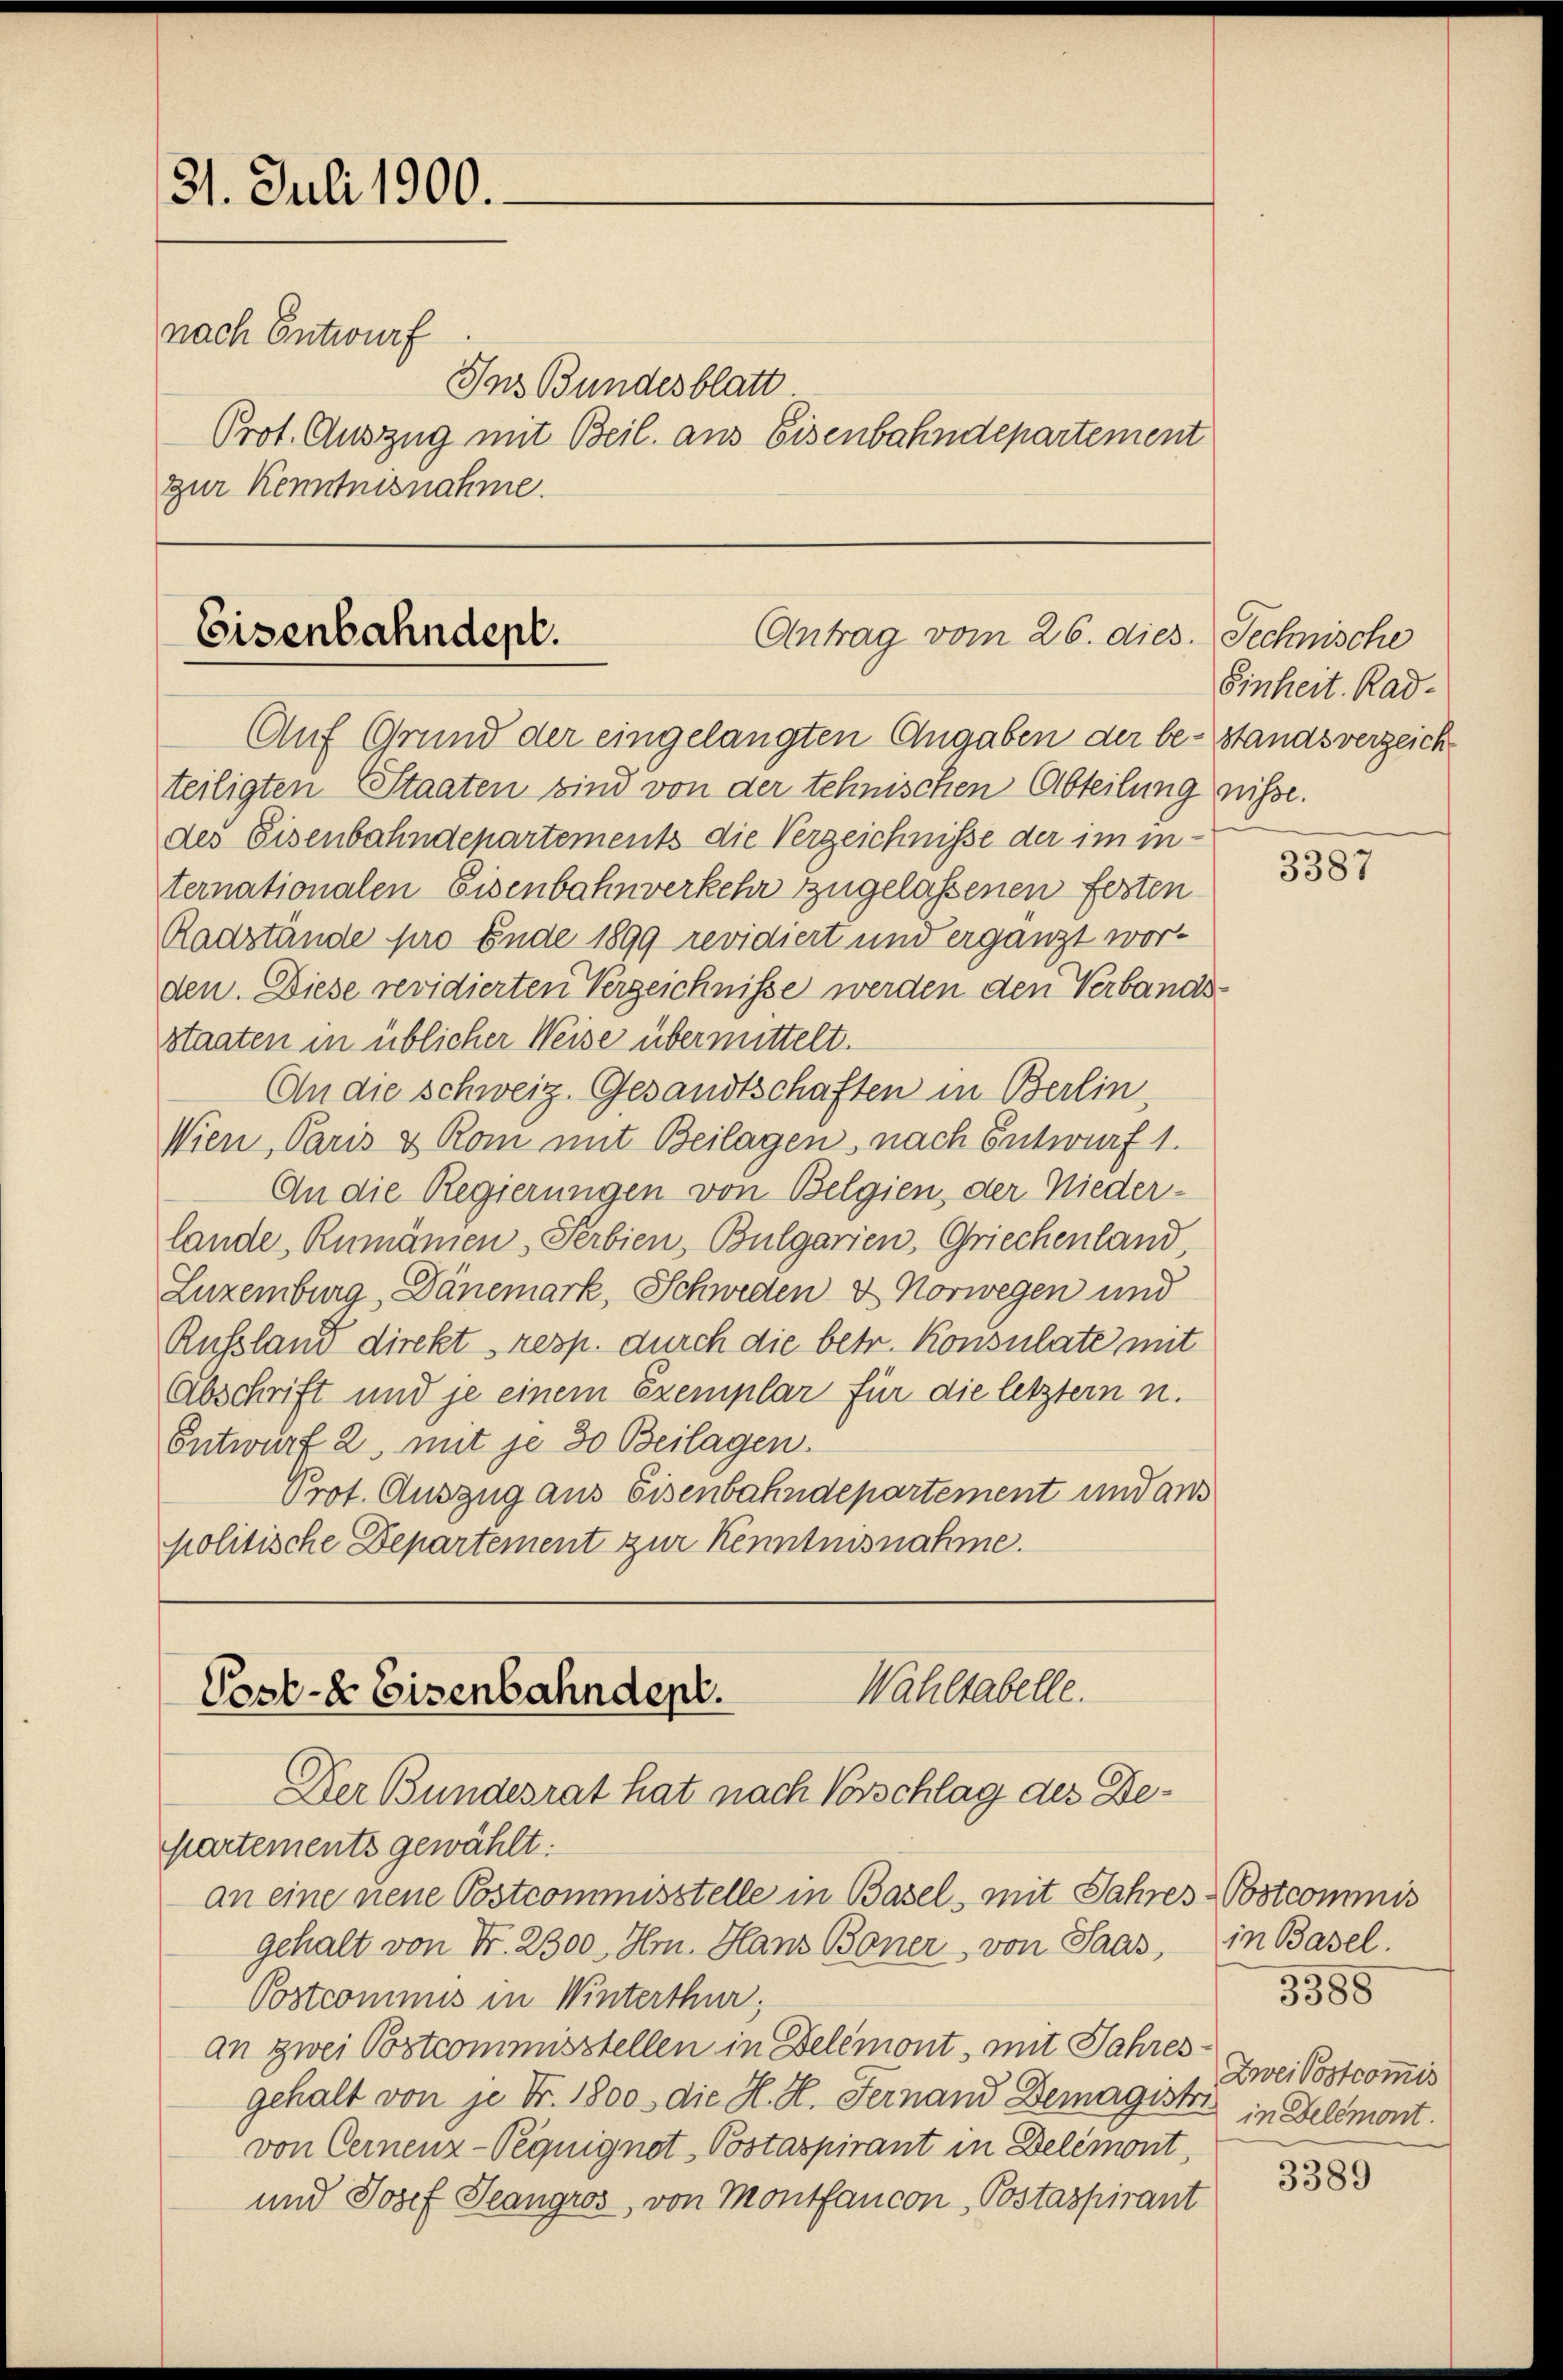
31. Juli 1900.
nach Entwurf
zur Kenntnisnahme.

Eisenbahndept.
Antrag vom 26. dies. Technische

Ins Bundesblatt
Prot. Auszug mit Beil. aus Eisenbahndepartement

Auf Grund der eingelangten Angaben der be- Standsverzeichteiligten Staaten sind von der tehnischen Abteilung nisse.
des Eisenbahndepartements die Verzeichnisse der im internationalen Eisenbahnverkehr zugelassenen festen
Radstände pro Ende 1899 revidiert und ergänzt worden. Diese revidierten Verzeichnisse werden den Verbandsstaaten in üblicher Weise übermittelt.
An die schweiz. Gesandtschaften in Berlin,
Wien, Paris & Rom mit Beilagen, nach Entwurf 1.
An die Regierungen von Belgien, der Nieder-
lande, Rumänien-Perbien, Bulgarien, Griechenland
Luxenburg, Dänemark, Schweden & Norwegen und
Rußland direkt resp. durch die betr. Konsulate mit
Abschrift und je einem Exemplar für die letztern n.
Entwurf 2, mit je 30 Beilagen.
Prot. Auszug aus Eisenbahndepartement und aus
politische Departement zur Kenntnisnahme.

Wahltabelle.
Post- & Eisenbahndept.
Der Bundesrat hat nach Vorschlag des De¬

partements gewählt:
an eine neue Postcommisstelle in Basel, mit Jahres Postcommis
gehalt von Fr. 2300. Hr. Hans Boner von Paas,
Postcommis in Winterthur;
an zwei Postcommisstellen in Delémont, mit Jahresgehalt von je Fr. 1800. die H. H. Fernand Demagistri in Delémont.
von Cernenz-Peguignet Postaspirant in Delémont,
und Josef Seangros, von Montfaucon Postaspirant

Sinheit. Rad¬

3387

in Basel.
3388
Zwei Postcom̅is

3389